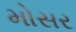
મોસર